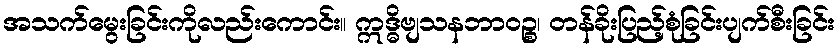
အသက်မွေးခြင်းကိုလည်းကောင်း။ ဣဒ္ဓိဗျသနဘာဝဉ္စ၊ တန်ခိုးပြည့်စုံခြင်းပျက်စီးခြင်း